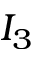
I _ { 3 }